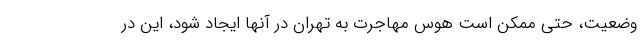
وضعیت، حتی ممکن است هوس مهاجرت به تهران در آنها ایجاد شود، این در